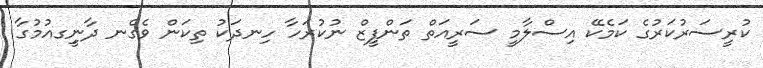
ކުރީސަރުކަރުގެ ކަމެކޭ އިސްލާމީ ސަރީއަތް ތަންފީޒް ނުކުރަހާ ހިނދަކު ތިކަން ވެގެނ ދާނީިގއުމުގާ